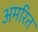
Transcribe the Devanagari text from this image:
अमरित